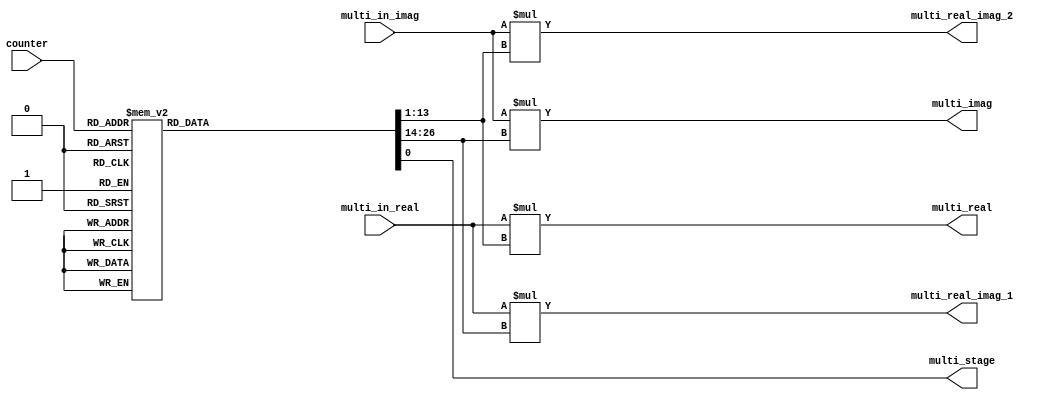
`timescale 1ns / 1ps

module s1_fsm_multiplier( 
                            counter,
                            multi_in_real,
                            multi_in_imag,
                            multi_real,
                            multi_imag,
                            multi_real_imag_1,
                            multi_real_imag_2,
                            multi_stage
                          );
    input signed [4:0] counter;
    input signed [11:0] multi_in_real; // s0.11
    input signed [11:0] multi_in_imag;
    output signed [24:0] multi_real;
    output signed [24:0] multi_imag;
    output signed [24:0] multi_real_imag_1;
    output signed [24:0] multi_real_imag_2;
    output multi_stage;
    reg multi_stage;    
    reg signed [24:0] multi_real;
    reg signed [24:0] multi_imag;
    reg signed [24:0] multi_real_imag_1;
    reg signed [24:0] multi_real_imag_2;
    reg signed [12:0] twiddle_real;    // s1.11
    reg signed [12:0] twiddle_imag;
    reg out_mode;
    
    always@(*) begin
        // mode: 1 or 0
        // 1: Multiplication, 0: bypass operation
        case(counter)
            5'd0:begin
                out_mode = 1;
                twiddle_real =  13'd2048;
                twiddle_imag =  13'd0;
            end
            5'd1:begin
                out_mode = 1;
                twiddle_real =  13'd2008;
                twiddle_imag = -13'd400;
            end
            5'd2:begin
                out_mode = 1;
                twiddle_real =  13'd1892;
                twiddle_imag = -13'd784;
            end
            5'd3:begin
                out_mode = 1;
                twiddle_real =  13'd1702;
                twiddle_imag = -13'd1138;
            end
            5'd4:begin
                out_mode = 1;
                twiddle_real =  13'd1448;
                twiddle_imag = -13'd1449;
            end
            5'd5:begin
                out_mode = 1;
                twiddle_real =  13'd1137;
                twiddle_imag = -13'd1703;
            end
            5'd6:begin
                out_mode = 1;
                twiddle_real =  13'd783;
                twiddle_imag = -13'd1893;
            end
            5'd7:begin
                out_mode = 1;
                twiddle_real =  13'd399;
                twiddle_imag = -13'd2009;
            end
            5'd8:begin
                out_mode = 1;
                twiddle_real =  13'd0;
                twiddle_imag = -13'd2048;
            end
            5'd9:begin
                out_mode = 1;
                twiddle_real = -13'd400;
                twiddle_imag = -13'd2009;
            end
            5'd10:begin
                out_mode = 1;
                twiddle_real = -13'd784;
                twiddle_imag = -13'd1893;
            end
            5'd11:begin
                out_mode = 1;
                twiddle_real = -13'd1138;
                twiddle_imag = -13'd1703;
            end
            5'd12:begin
                out_mode = 1;
                twiddle_real = -13'd1449;
                twiddle_imag = -13'd1449;
            end
            5'd13:begin
                out_mode = 1;
                twiddle_real = -13'd1703;
                twiddle_imag = -13'd1138;
            end
            5'd14:begin
                out_mode = 1;
                twiddle_real = -13'd1893;
                twiddle_imag = -13'd784;
            end
            5'd15:begin
                out_mode = 1;
                twiddle_real = -13'd2009;
                twiddle_imag = -13'd400;
            end
            5'd16:begin
                out_mode = 0;
                twiddle_real =  13'd2048;
                twiddle_imag =  13'd0;
            end
            5'd17:begin
                out_mode = 0;
                twiddle_real =  13'd2048;
                twiddle_imag =  13'd0;
            end
            5'd18:begin
                out_mode = 0;
                twiddle_real =  13'd2048;
                twiddle_imag =  13'd0;
            end
            5'd19:begin
                out_mode = 0;
                twiddle_real =  13'd2048;
                twiddle_imag =  13'd0;
            end
            5'd20:begin
                out_mode = 0;
                twiddle_real =  13'd2048;
                twiddle_imag =  13'd0;
            end
            5'd21:begin
                out_mode = 0;
                twiddle_real =  13'd2048;
                twiddle_imag =  13'd0;
            end
            5'd22:begin
                out_mode = 0;
                twiddle_real =  13'd2048;
                twiddle_imag =  13'd0;
            end
            5'd23:begin
                out_mode = 0;
                twiddle_real =  13'd2048;
                twiddle_imag =  13'd0;
            end
            5'd24:begin
                out_mode = 0;
                twiddle_real =  13'd2048;
                twiddle_imag =  13'd0;
            end
            5'd25:begin
                out_mode = 0;
                twiddle_real =  13'd2048;
                twiddle_imag =  13'd0;
            end
            5'd26:begin
                out_mode = 0;
                twiddle_real =  13'd2048;
                twiddle_imag =  13'd0;
            end
            5'd27:begin
                out_mode = 0;
                twiddle_real =  13'd2048;
                twiddle_imag =  13'd0;
            end
            5'd28:begin
                out_mode = 0;
                twiddle_real =  13'd2048;
                twiddle_imag =  13'd0;
            end
            5'd29:begin
                out_mode = 0;
                twiddle_real =  13'd2048;
                twiddle_imag =  13'd0;
            end
            5'd30:begin
                out_mode = 0;
                twiddle_real =  13'd2048;
                twiddle_imag =  13'd0;
            end
            5'd31:begin
                out_mode = 0;
                twiddle_real =  13'd2048;
                twiddle_imag =  13'd0;
            end
            default:begin
                out_mode = 0;
                twiddle_real =  13'd2048;
                twiddle_imag =  13'd0;
            end
        endcase
    end
    
    always@(*)begin
        multi_stage <= out_mode;
        multi_real <= multi_in_real * twiddle_real;
        multi_imag <= multi_in_imag * twiddle_imag;
        multi_real_imag_1 <= multi_in_real * twiddle_imag;
        multi_real_imag_2 <= multi_in_imag * twiddle_real;
    end
    
endmodule